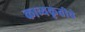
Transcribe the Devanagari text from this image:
काव्यकृतीचे